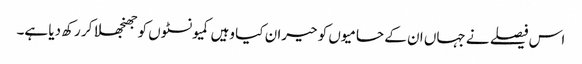
اس فیصلے نے جہاں ان کے حامیوں کو حیران کیا وہیں کمیونسٹوں کو جھنجھلا کر رکھ دیا ہے۔